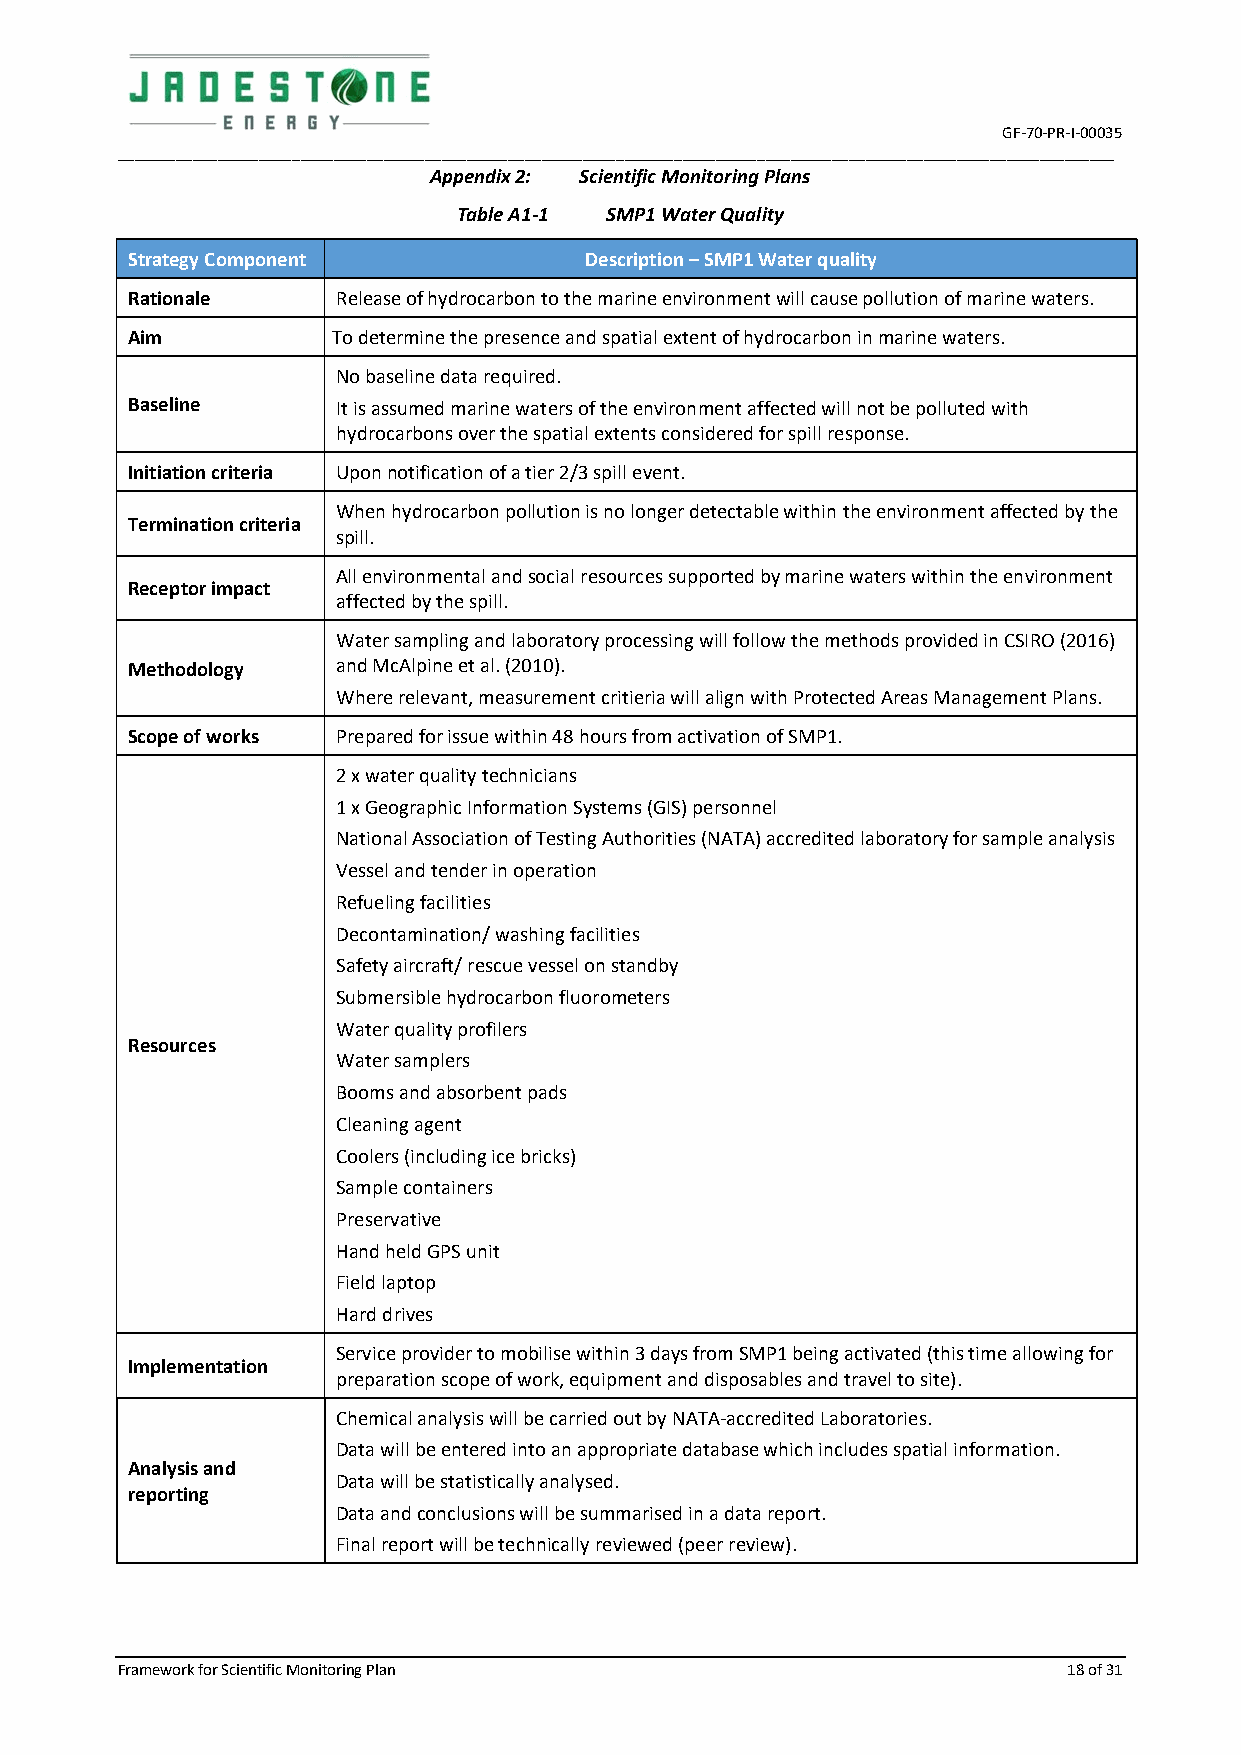
GF-70-PR-I-00035
 ________________________________________________________________________________________________________________________
 Appendix 2: Scientific Monitoring Plans
 Table A1-1 SMP1 Water Quality
 Strategy Component             Description – SMP1 Water quality
 Rationale     Release of hydrocarbon to the marine environment will cause pollution of marine waters.
 Aim           To determine the presence and spatial extent of hydrocarbon in marine waters.
 No baseline data required.
 Baseline      It is assumed marine waters of the environment affected will not be polluted with
 hydrocarbons over the spatial extents considered for spill response.
 Initiation criteria Upon notification of a tier 2/3 spill event.
 When hydrocarbon pollution is no longer detectable within the environment affected by the
 Termination criteria
 spill.
 All environmental and social resources supported by marine waters within the environment
 Receptor impact
 affected by the spill.
 Water sampling and laboratory processing will follow the methods provided in CSIRO (2016)
 Methodology   and McAlpine et al. (2010).
 Where relevant, measurement critieria will align with Protected Areas Management Plans.
 Scope of works Prepared for issue within 48 hours from activation of SMP1.
 2 x water quality technicians
 1 x Geographic Information Systems (GIS) personnel
 National Association of Testing Authorities (NATA) accredited laboratory for sample analysis
 Vessel and tender in operation
 Refueling facilities
 Decontamination/ washing facilities
 Safety aircraft/ rescue vessel on standby
 Submersible hydrocarbon fluorometers
 Water quality profilers
 Resources
 Water samplers
 Booms and absorbent pads
 Cleaning agent
 Coolers (including ice bricks)
 Sample containers
 Preservative
 Hand held GPS unit
 Field laptop
 Hard drives
 Service provider to mobilise within 3 days from SMP1 being activated (this time allowing for
 Implementation
 preparation scope of work, equipment and disposables and travel to site).
 Chemical analysis will be carried out by NATA-accredited Laboratories.
 Data will be entered into an appropriate database which includes spatial information.
 Analysis and
 Data will be statistically analysed.
 reporting
 Data and conclusions will be summarised in a data report.
 Final report will be technically reviewed (peer review).
 Framework for Scientific Monitoring Plan                       18 of 31